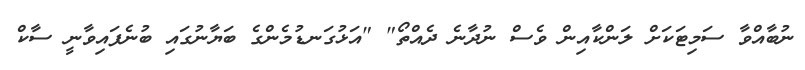
ނުބާއްވާ ސަމިޓަކަށް ލަންކާއިން ވެސް ނުދާނެ ދެއްތޯ" "އަޅުގަނޑުމެންގެ ބަޔާނުގައި ބުނެފައިވާނީ ސާކް